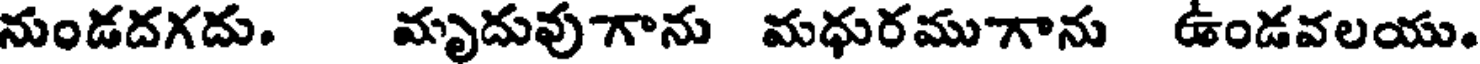
నుండదగదు. మృదువుగాను మధురముగాను ఉండవలయు.